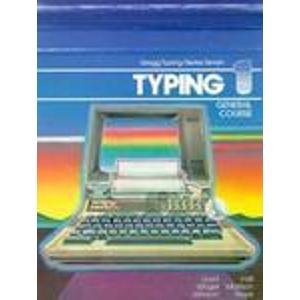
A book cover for Gregg Typing I: Series 7 General Course (Gregg Typing, Series Seven); A. C. Lloyd; Business & Money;